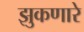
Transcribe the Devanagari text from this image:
झुकणारे